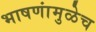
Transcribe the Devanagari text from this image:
भाषणांमुळेच